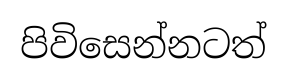
පිවිසෙන්නටත්